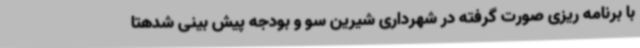
با برنامه ریزی صورت گرفته در شهرداری شیرین سو و بودجه پیش بینی شدهتا